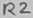
Text: R2